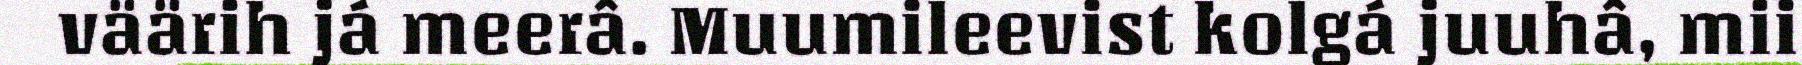
väärih já meerâ. Muumileevist kolgá juuhâ, mii